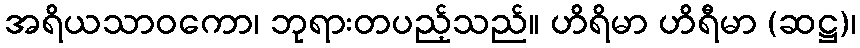
အရိယသာဝကော၊ ဘုရားတပည့်သည်။ ဟိရိမာ ဟိရီမာ (ဆဋ္ဌ)၊